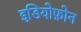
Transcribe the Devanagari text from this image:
इडियोफ़ोन